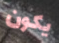
يكون